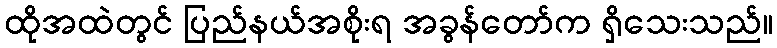
ထိုအထဲတွင် ပြည်နယ်အစိုးရ အခွန်တော်က ရှိသေးသည်။